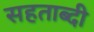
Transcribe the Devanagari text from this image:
सहताब्दी